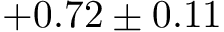
+ 0 . 7 2 \pm 0 . 1 1